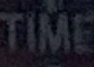
TIME